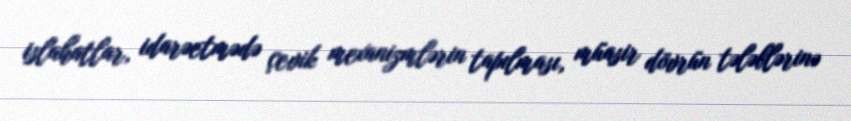
islahatlar, idarəetmədə çevik mexanizmlərin tapılması, müasir dövrün tələblərinə